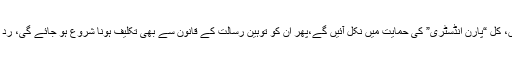
آج یہ ہم جنس پرستی کی حمایت میں دبلے ہوئے جا رہے ہیں، کل “پارن انڈسٹری” کی حمایت میں نکل آئیں گے،پھر ان کو توہین رسالت کے قانون سے بھی تکلیف ہونا شروع ہو جائے گی، رد قادیانیت کا قانون بھی حقوق کی خلاف ورزی لگنے لگے گا۔